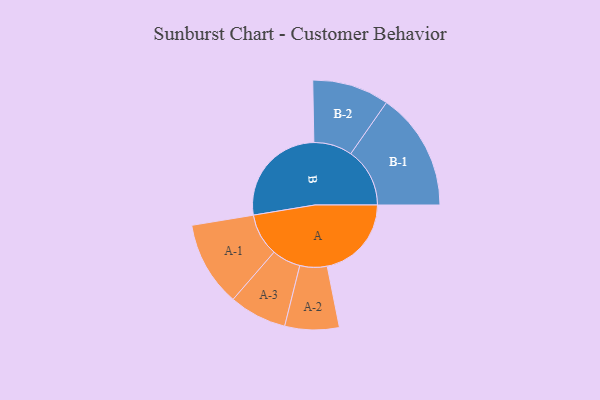
{"axis": {"x": "Segment", "y": "Value"}, "legend": ["", "A", "B"], "data": [{"x": "A", "y": 357, "type": ""}, {"x": "B", "y": 446, "type": ""}, {"x": "A-1", "y": 180, "type": "A"}, {"x": "A-2", "y": 115, "type": "A"}, {"x": "A-3", "y": 122, "type": "A"}, {"x": "B-1", "y": 250, "type": "B"}, {"x": "B-2", "y": 163, "type": "B"}]}